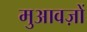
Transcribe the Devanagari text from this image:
मुआवज़ों